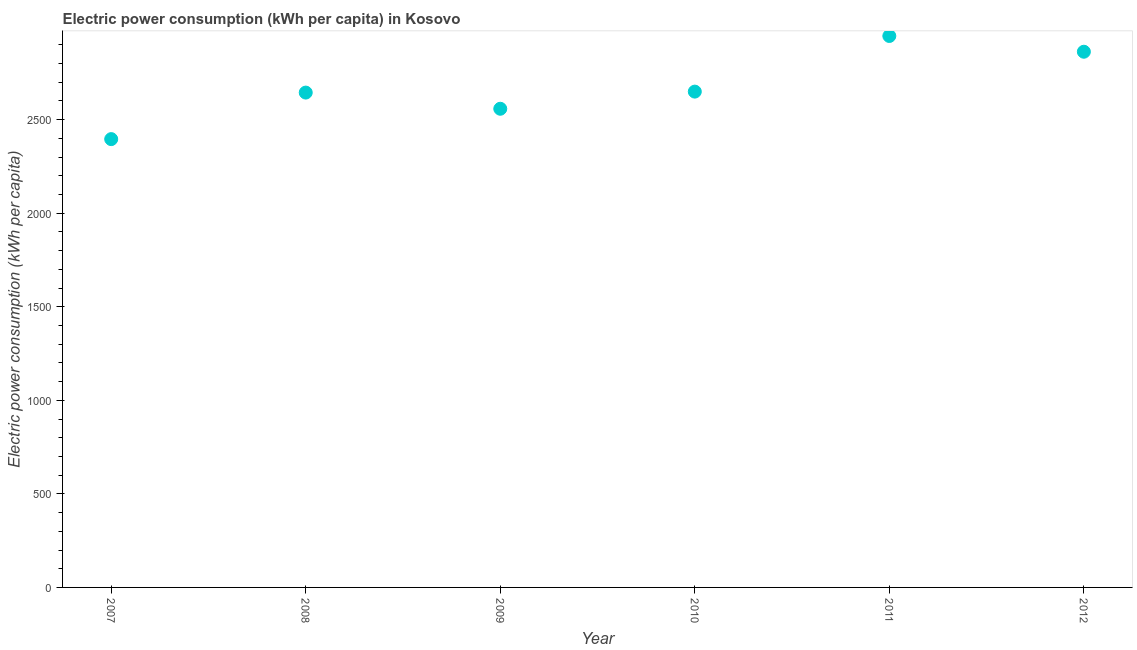
| Year | Electric power consumption |
 | --- | --- |
 | 2007 | 2.4e+03 |
 | 2008 | 2.64e+03 |
 | 2009 | 2.56e+03 |
 | 2010 | 2.65e+03 |
 | 2011 | 2.95e+03 |
 | 2012 | 2.86e+03 |